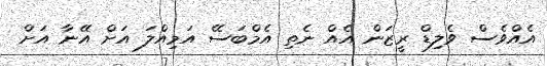
އެއްވެސް ވެލިޑް ރީޒަން އެއް ނެތި އެމްބަސޭ އަމިއްލަ އަށް އޭނާ އަށް